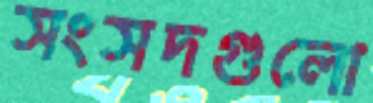
সংসদগুলো